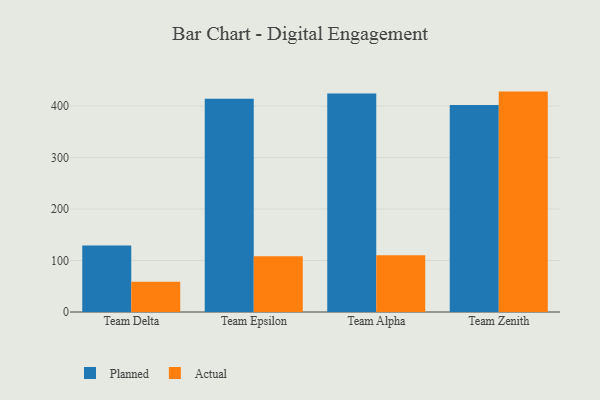
{"axis": {"x": "Team", "y": "Inventory Turnover"}, "legend": ["Actual", "Planned"], "data": [{"x": "Team Delta", "y": 129.4, "type": "Planned"}, {"x": "Team Delta", "y": 58.7, "type": "Actual"}, {"x": "Team Epsilon", "y": 414.2, "type": "Planned"}, {"x": "Team Epsilon", "y": 108.5, "type": "Actual"}, {"x": "Team Alpha", "y": 424.7, "type": "Planned"}, {"x": "Team Alpha", "y": 110.2, "type": "Actual"}, {"x": "Team Zenith", "y": 402.4, "type": "Planned"}, {"x": "Team Zenith", "y": 428.2, "type": "Actual"}]}